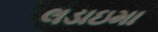
લડાઇમા